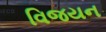
વિજયન